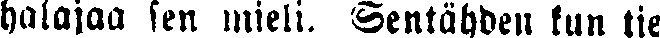
halajaa sen mieli. Sentähden kun tie